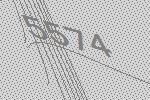
5574